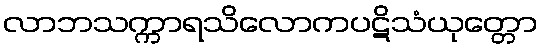
လာဘသက္ကာရသိလောကပဋိသံယုတ္တော